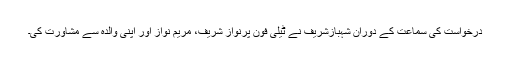
درخواست کی سماعت کے دوران شہبازشریف نے ٹیلی فون پرنواز شریف، مریم نواز اور اپنی والدہ سے مشاورت کی۔